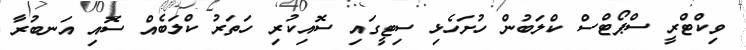
ވިކްޓްރީ ސްޕޯޓްސް ކްލަބުން ހުށަހެޅި ސިޓީގައި ސޮއިކުރި ހަތަރު ކްލަބެއް ސޮއި އަނބުރާ